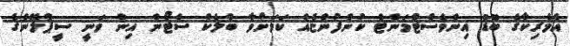
އެމެރިކާގެ ބޮޑު އިންވެސްޓްމަންޓް ކުންފުންޏެއް ކަމަށްވާ ބްލެކް ސްޓޯން އިން ވަނީ ސީޕްލޭންގެ